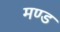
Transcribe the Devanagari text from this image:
मण्ड